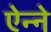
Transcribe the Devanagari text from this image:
ऐन्ने